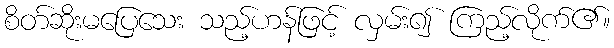
စိတ်ဆိုးမပြေသေး သည့်ဟန်ဖြင့် လှမ်း၍ ကြည့်လိုက်၏။